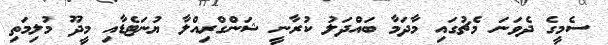
ސެމީގެ ދެވަނަ މެޗުގައި މާދަމާ ބައްދަލު ކުރާނީ ޝަންގްރިއްލާ ޔުނަޓެޑާއި މީދޫ މުލިމަތި